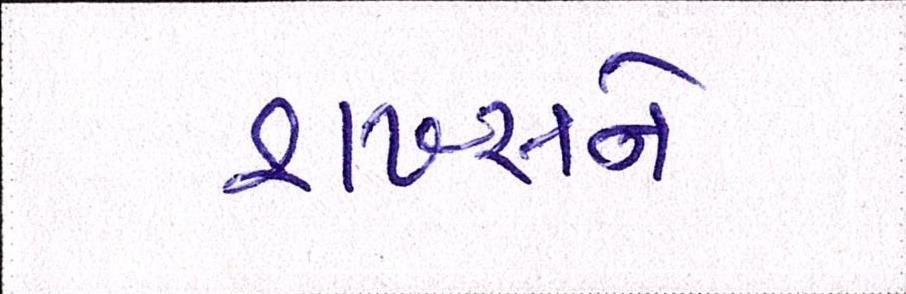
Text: શખ્સને